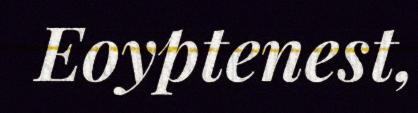
Eoyptenest,